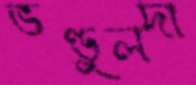
ভণ্ডুলদা